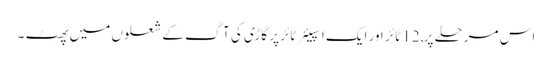
اس مرحلے پر, 12 ٹائر اور ایک اسپیئر ٹائر پر گاڑی کی آگ کے شعلوں میں پھٹ ۔